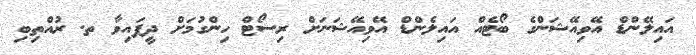
އައިލޭންޑް އޭވިއޭޝަންގެ ބޯޓެއް އައިލެންޑް އޭވިއޭޝަނަށް ރިސޯޓް ހިންގުމަށް ދީފައިވާ ތ. ރުއްތިބި